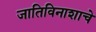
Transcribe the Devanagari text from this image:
जातिविनाशाचे